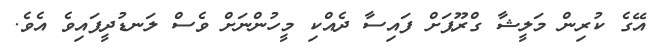
އޭގެ ކުރިން މަލީޝާ ގްރޫޕަށް ފައިސާ ދެއްކި މީހުންނަށް ވެސް ލަނޑުދީފައިވެ އެވެ.